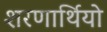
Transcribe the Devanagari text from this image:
शरणार्थियो